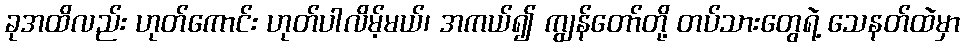
ခုအထိလည်း ဟုတ်ကောင်း ဟုတ်ပါလိမ့်မယ်၊ အကယ်၍ ကျွန်တော်တို့ တပ်သားတွေရဲ့ သေနတ်ထဲမှာ